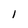
Character: 1